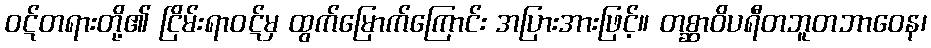
ဝဋ်တရားတို့၏ ငြိမ်းရာဝဋ်မှ ထွက်မြောက်ကြောင်း အပြားအားဖြင့်။ တစ္ဆာဝိပရီတဘူတဘာဝေန၊